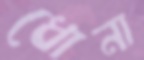
ধোনা